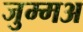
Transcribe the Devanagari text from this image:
जुम्मअ